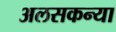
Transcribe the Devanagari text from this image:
अलसकन्या